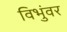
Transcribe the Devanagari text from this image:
विभुंवर